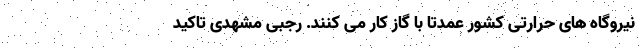
نیروگاه های حرارتی کشور عمدتا با گاز کار می کنند. رجبی مشهدی تاکید